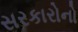
સરકારોનો